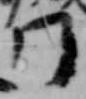
門